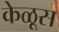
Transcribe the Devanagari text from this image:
केळूस